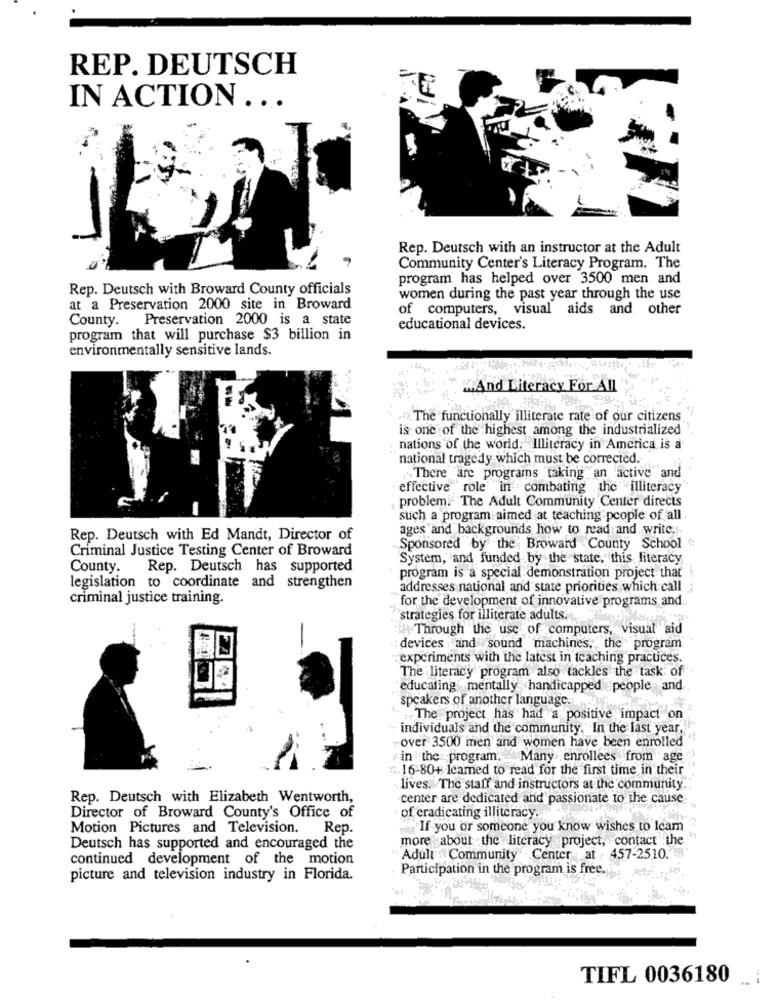
REP. DEUTSCH
IN ACTION ...
Rep. Deutsch with an instructor at the Adult
Community Center's Literacy Program. The
program has helped over 3500 men and
Rep. Deutsch with Broward County officials
women during the past year through the use
at a Preservation 2000 site in Broward
of computers, visual aids and other
County. Preservation 2000 is a state
educational devices.
program that will purchase $3 billion in
environmentally sensitive lands.
ZAnd Literacy For All
>.The functionally illiterate rate of our citizens
is one of the highest among the industrialized
nations of the world. Illiteracy in America is a
national tragedy which must be corrected.
There "are programs taking an active" and
effective "role in combating the illiteracy
problem." The Adult Community Center directs
such a program aimed at teaching people of all
ages and backgrounds how to read and write,
Rep. Deutsch with Ed Mandt, Director of
Criminal Justice Testing Center of Broward
Sponsored by the Broward County School
System, and funded by the state, this literacy
County. Rep. Deutsch has supported
program is a special demonstration project that
legislation to coordinate and strengthen
addresses national and state priorities which call ;
criminal justice training.
for the development of innovative programs and ..
strategies for illiterate adults.
Through the use of computers, visual aid
devices and sound machines, the program
experiments with the latest in teaching practices.
The literacy program also tackles the task of
"educating mentally handicapped people and
speakers of another language.
The project has had a positive impact on
individuals and the community. In the last year,
over 3500 men and women have been enrolled
in the program. Many enrollees from age
16-80+ leamed to read for the first time in their
lives. The staff and instructors at the community
Rep. Deutsch with Elizabeth Wentworth,
center are dedicated and passionate to the cause
Director of Broward County's Office of
of eradicating illiteracy.
Motion Pictures and Television. Rep.
If you or someone you know wishes to Icam
more about the literacy project, contact the
Deutsch has supported and encouraged the
continued development of the motion
Adult Community Center at , 457-2510."
Participation in the program is free.
picture and television industry in Florida.
TIFL 0036180